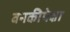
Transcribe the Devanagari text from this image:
वनकीपेक्षा